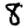
Digit: 8